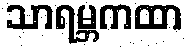
သာရမ္ဘကထာ